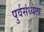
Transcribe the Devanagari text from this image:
पुर्वसंध्येला